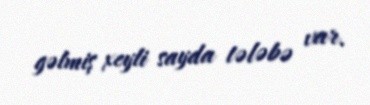
gəlmiş xeyli sayda tələbə var.